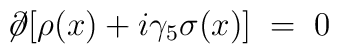
\not \! \partial [ \rho (x) + i \gamma_5 \sigma (x) ] \;=\; 0  \,